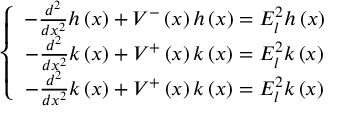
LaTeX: \left\{ \begin{array} { c } { { - \frac { d ^ { 2 } } { d x ^ { 2 } } h \left( x \right) + V ^ { - } \left( x \right) h \left( x \right) = E _ { l } ^ { 2 } h \left( x \right) } } \\ { { - \frac { d ^ { 2 } } { d x ^ { 2 } } k \left( x \right) + V ^ { + } \left( x \right) k \left( x \right) = E _ { l } ^ { 2 } k \left( x \right) } } \\ { { - \frac { d ^ { 2 } } { d x ^ { 2 } } k \left( x \right) + V ^ { + } \left( x \right) k \left( x \right) = E _ { l } ^ { 2 } k \left( x \right) } } \end{array} \right.